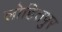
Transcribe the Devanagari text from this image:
लोहितपुर